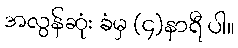
အလွန်ဆုံး ခံမှ (၄)နာရီ ပါ။